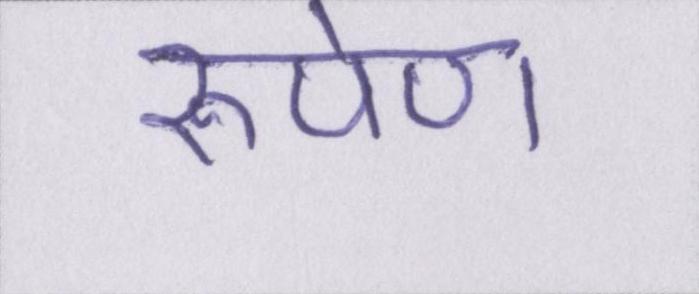
रूपेण